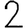
Digit: 2